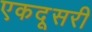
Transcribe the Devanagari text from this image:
एकदूसरी